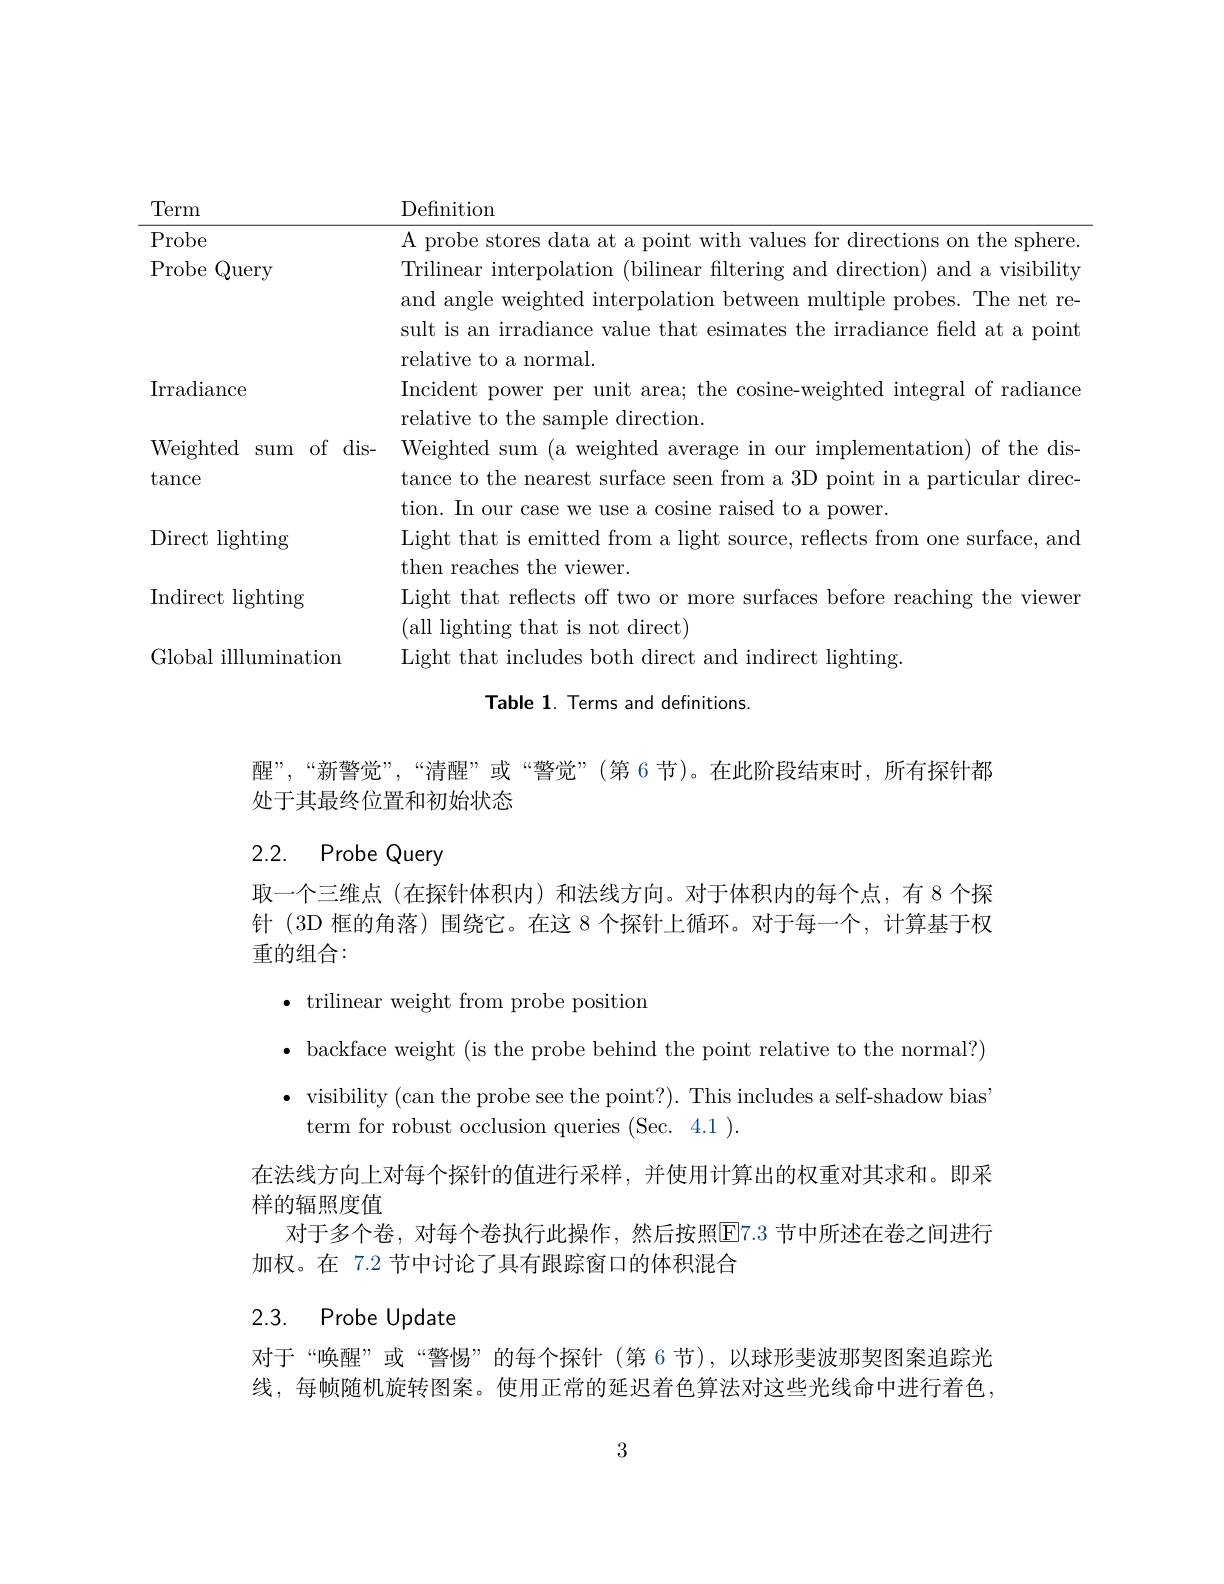
<table>
	<tbody>
		<tr>
			<th>Term</th>
			<th>Definition</th>
		</tr>
		<tr>
			<td>Probe</td>
			<td>A nrohe stores sphere</td>
		</tr>
		<tr>
			<td>Probe Query</td>
			<td>Trilinear interpolation (bilinear filtering and direction) and a visibility and angle weighted interpolation between multiple probes. The net re sult is an irradiance value that esimates the irradiance feld at a point $a|_{\mathrm{a}}+\dot{\mathrm{iv}}$ 19</td>
		</tr>
		<tr>
			<td>Irradiance</td>
			<td>Incident power per unit area; the cosine-weighted integral of radiance</td>
		</tr>
		<tr>
			<td>Weighted of dis- sum</td>
			<td>Weighted Sum mentation the $\because\dim$s.</td>
		</tr>
		<tr>
			<td>$\operatorname{tance}$</td>
			<td>tance to the nearest surface seen from a 3D point in a particular direc</td>
		</tr>
		<tr>
			<td>Direct lighting</td>
			<td>Light that is emitted from a light source, reflects from one surface, and then reaches the viewer</td>
		</tr>
		<tr>
			<td>Indirect lighting</td>
			<td>Light that reflects off two or more surfaces before reaching the viewen (all lighting that is not direct)</td>
		</tr>
		<tr>
			<td>Global i illlumination</td>
			<td>light that inc| ud ${\mathrm{ndirect~lighting}}$</td>
		</tr>
	</tbody>
</table>
Table 1. Terms and definitions.

醒”,“新警觉”,“清醒”或“警觉”(第 6 节)。在此阶段结束时，所有探针都
处于其最终位置和初始状态

## 2.2. Probe Query

取一个三维点(在探针体积内)和法线方向。对于体积内的每个点，有 8 个探针(3D 框的角落) 围绕它。在这 8 个探针上循环。对于每一个，计算基于权重的组合：

$\bullet$ trilinear weight from probe position
$\bullet$ backface weight (is the probe behind the point relative to the normal?) $\bullet$ visibility (can the probe see the point?). This includes a self-shadow bias
term for robust occlusion queries (Sec. 4.1 ).
在法线方向上对每个探针的值进行采样，并使用计算出的权重对其求和。即采
样的辐照度值
对于多个卷，对每个卷执行此操作，然后按照E7.3 节中所述在卷之间进行
加权。在 7.2 节中讨论了具有跟踪窗口的体积混合

## 2.3. Probe Update

对于“唤醒”或“警惕”的每个探针(第6节),以球形斐波那契图案追踪光线，每帧随机旋转图案。使用正常的延迟着色算法对这些光线命中进行着色，

3